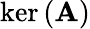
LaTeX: \ker\left(\mathbf{A}\right)